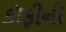
કૉફીની